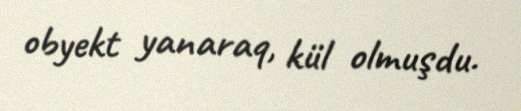
obyekt yanaraq, kül olmuşdu.